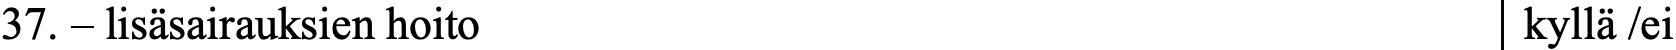
37. – lisäsairauksien hoito                       kyllä /ei